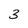
Character: 3